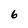
Character: 6